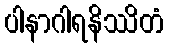
ပါနာဂါရနိဿိတံ